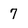
Character: 7